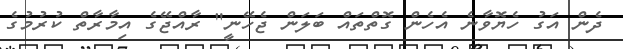
ދެން އަގު ހެޔޮވާނެ އެހެން ގޮތްތައް ބަލަން ޖެހޭނީ" ރާއްޖޭގެ އިމާރާތް ކުރުމުގެ